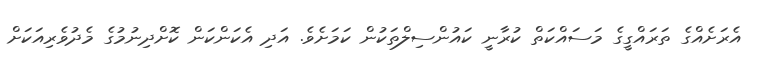
އެރަށެއްގެ ތަރައްގީގެ މަސައްކަތް ކުރާނީ ކައުންސިލްތަކުން ކަމަށެވެ. އަދި އެކަންކަން ކޮށްދިނުމުގެ މެދުވެރިއަކަށް